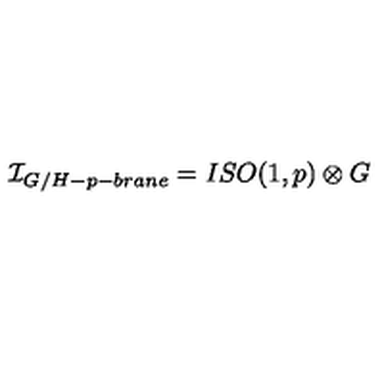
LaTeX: { \cal I } _ { G / H - p - b r a n e } = I S O ( 1 , p ) \otimes G